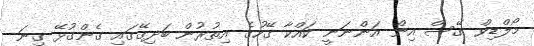
މޯލްޑިވް ގޭސް އިން އަންނަނީ ކައްކާ ގޭހުގެ އިތުރުން ބަދިގޭގައި ގެންގުޅޭ ގިނަ